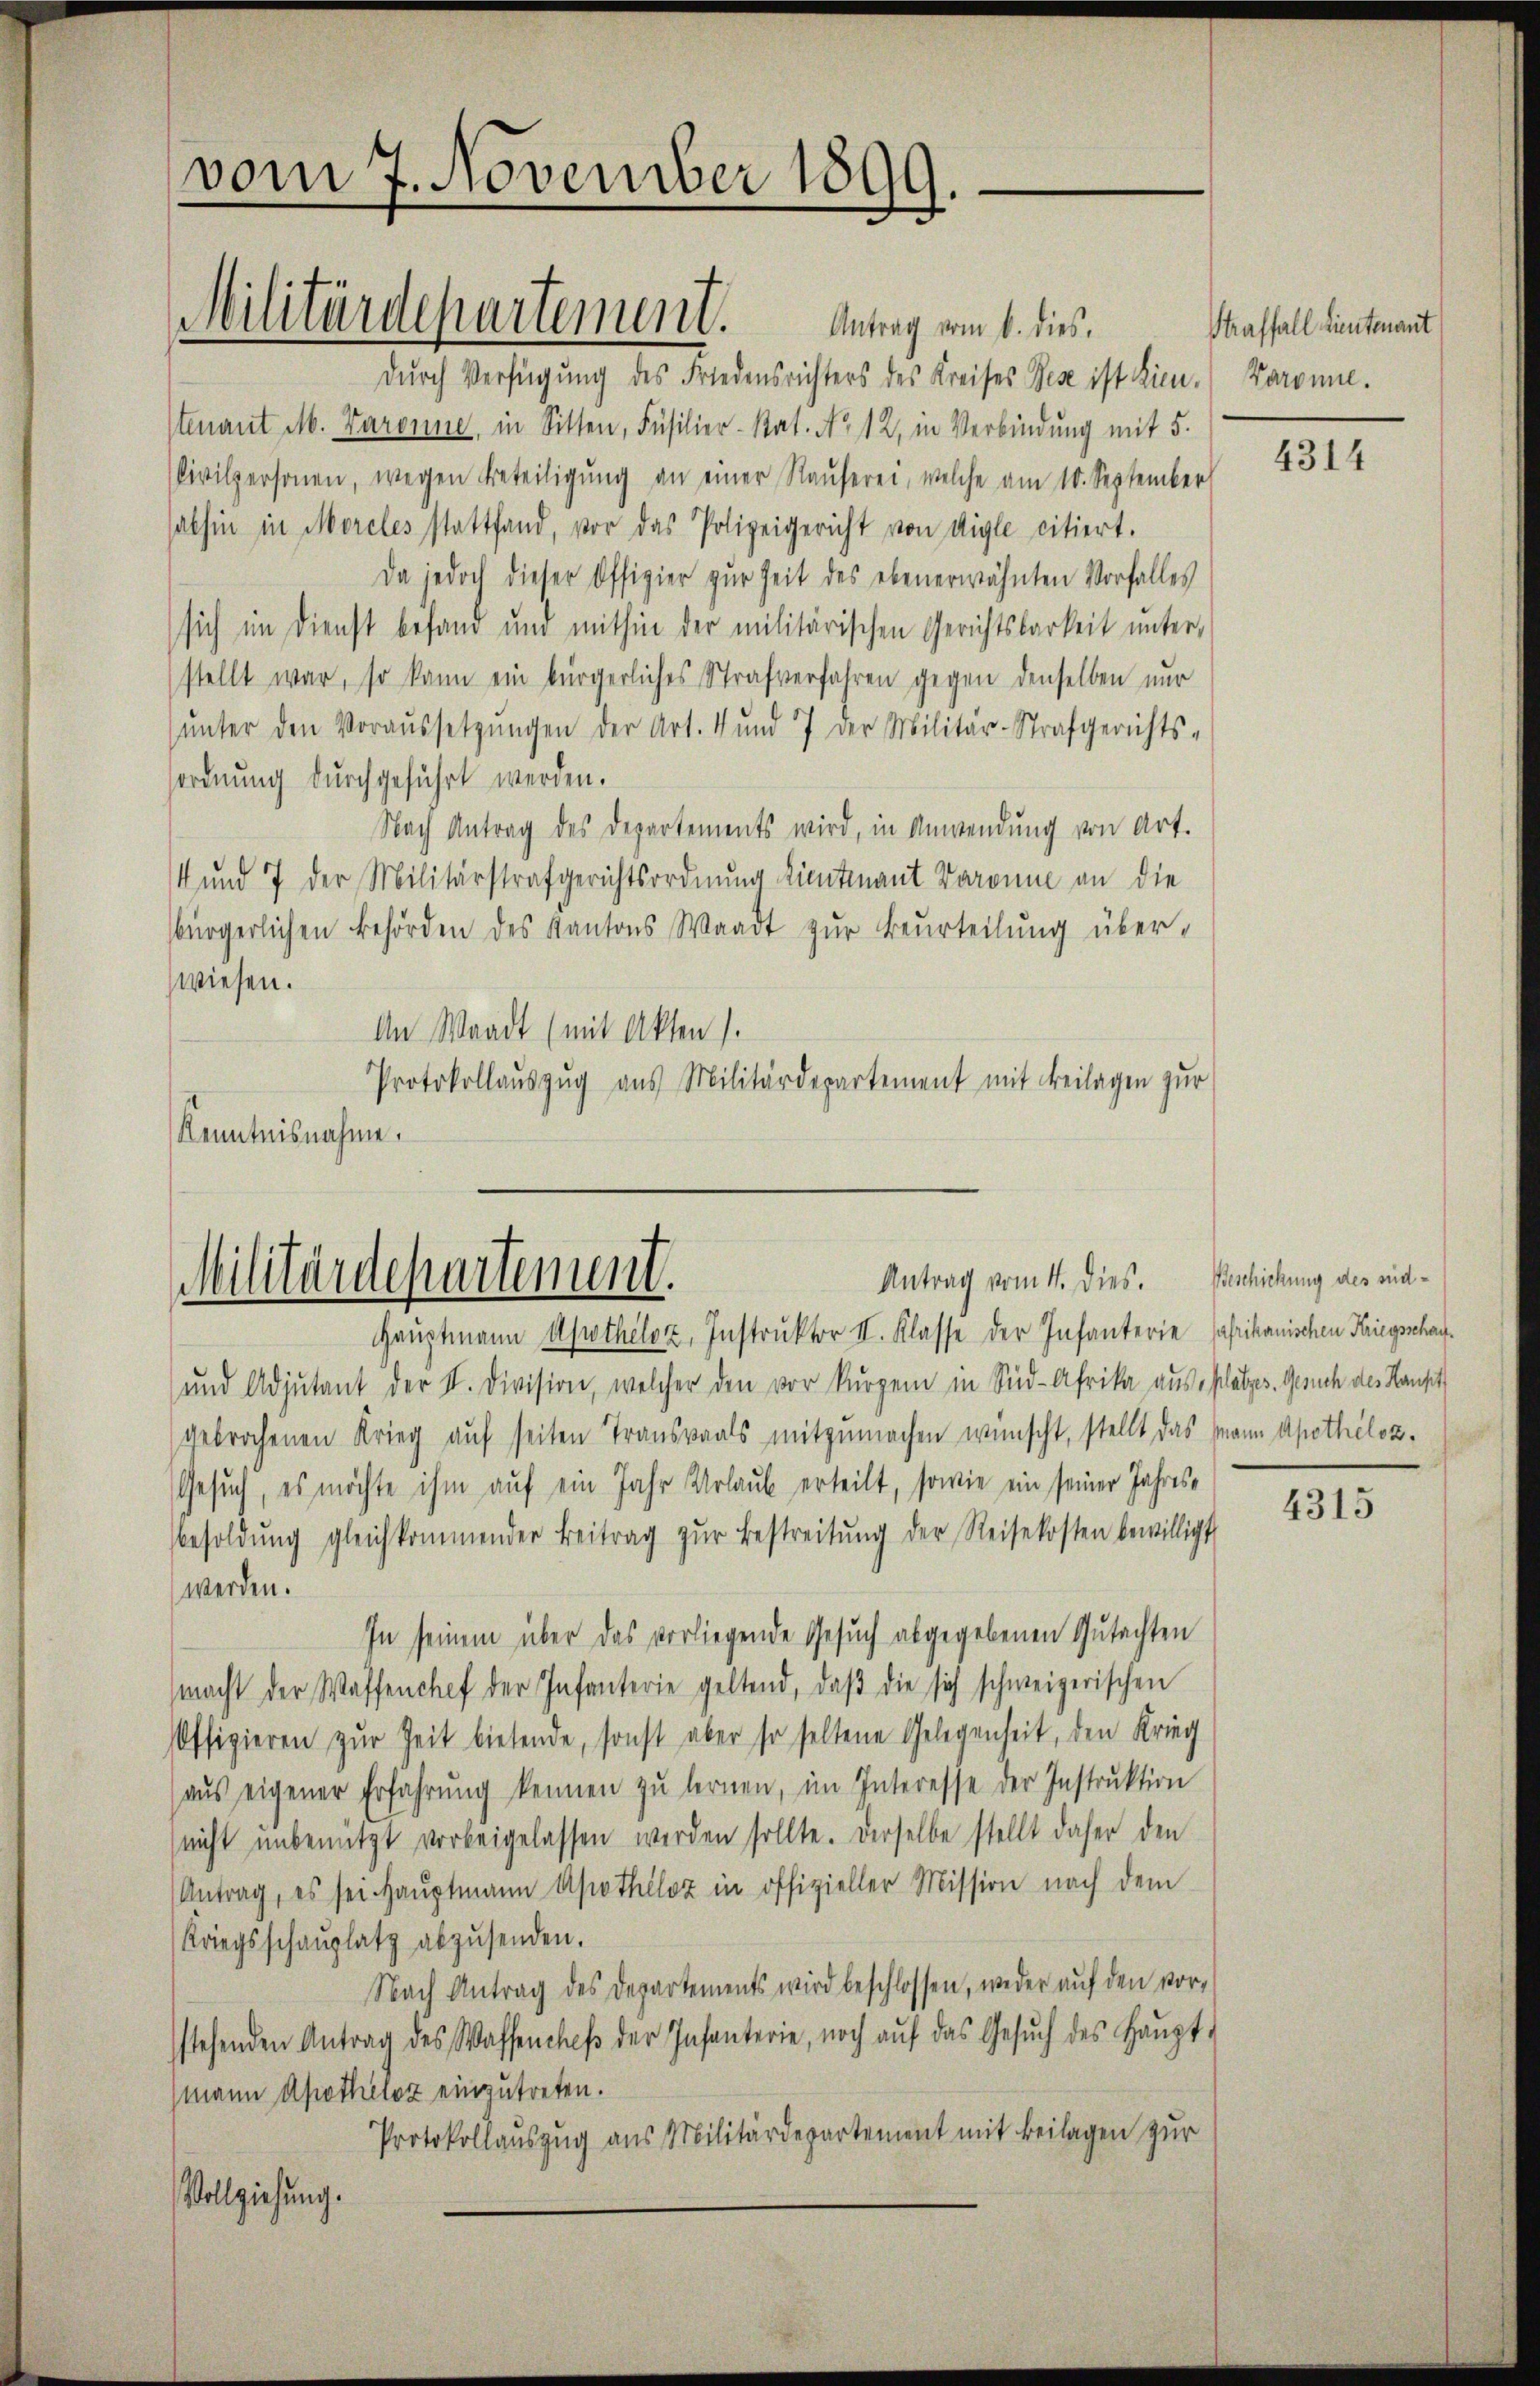
vom 7. November 1899.

durch Verfügung des Friedensrichters des Kreises Bese ist hien.
stenant M. Paronne, in Sitten, Füsilier- Rat. No 12, in Verbindung mit 5.
Civilpersonen, wegen Beteiligŭng an einer Raŭferei, welche am 10. September
sabhin in Morcles stattfand, vor das Polizeigericht von Aigle citiert.
Da jedoch dieser Offizier zŭr Zeit des ebenerwähnten Vorfalles
sich im Dienst befand und mithin der militärischen Gerichtsbarkeit ŭnter-
stellt war, so kann ein bürgerliches Strafverfahren gegen denselben nur
ŭnter den Voraussetzŭngen der Art. 4 und 7 der Militär-Strafgerichts-
sordnung durchgeführt werden.
Nach Antrag des Departements wird, in Anwendung von Art.
4 und 7 der Militärstrafgerichtsordnung Lieutenant Baronne an die
bürgerlichen Behörden des Kantons Waadt zŭr Beurteilŭng über-
wiesen.
An Waadt (mit Akten).
Protokollauszug aus Militärdepartement mit Beilagen zur
Kenntnisnahme.

Militärdepartement. Antrag vom 1. dies

Antrag vom 4. dies.
Militärdepartement.

Hauptmann Apotheloz, Instruktor II. Klasse der Infanterie Paprikanischen Kriegsschau¬
und Adjutant der II. Division, welcher den vor kurzem in Süd-Afrika aus Platzes. Gesuch des Haupt
gebrochenen Krieg auf seiten Transvaals mitzumachen wünscht, stellt das Mann Apothéloz¬
Gesuch, es möchte ihm auf ein Jahr Urlaub erteilt, sowie ein seiner Jahresbesoldŭng gleichkommender Beitrag zŭr Bestreitŭng der Reisekosten bewilligt
werden.
In seinem über das vorliegende Gesuch abgegebenen Gutachten
macht der Waffenchef der Infanterie geltend, daβ die sich schweizerischen
offizieren zŭr Zeit bietende, sonst aber so seltene Gelegenheit, den Krieg
aŭs eigener Erfahrŭng kennen zŭ lernen, im Interesse der Instrŭktion
(nicht unbenützt vorbeigelassen werden sollte. Derselbe stellt daher den
Antrag, es sei Haŭptmann Apothéloz in offizieller Mission nach dem
Kriegsschaŭplatz abzŭsenden.
Nach Antrag des Departements wird beschlossen, weder aŭf den vor-
stehenden Antrag des Waffenches der Infanterie, noch aŭf das Gesŭch des Haŭpt-
mann Apotheloz einzutreten.
Protokollauszug aus Militärdepartement mit Beilagen zur
Vollziehung.

Straffall Lieutenant
Karonne.

4314

Beschickung des seid¬

4315